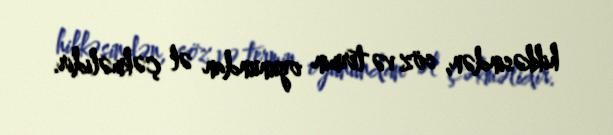
hikkəsindən, söz və termin oyunundan əl çəkməlidir.